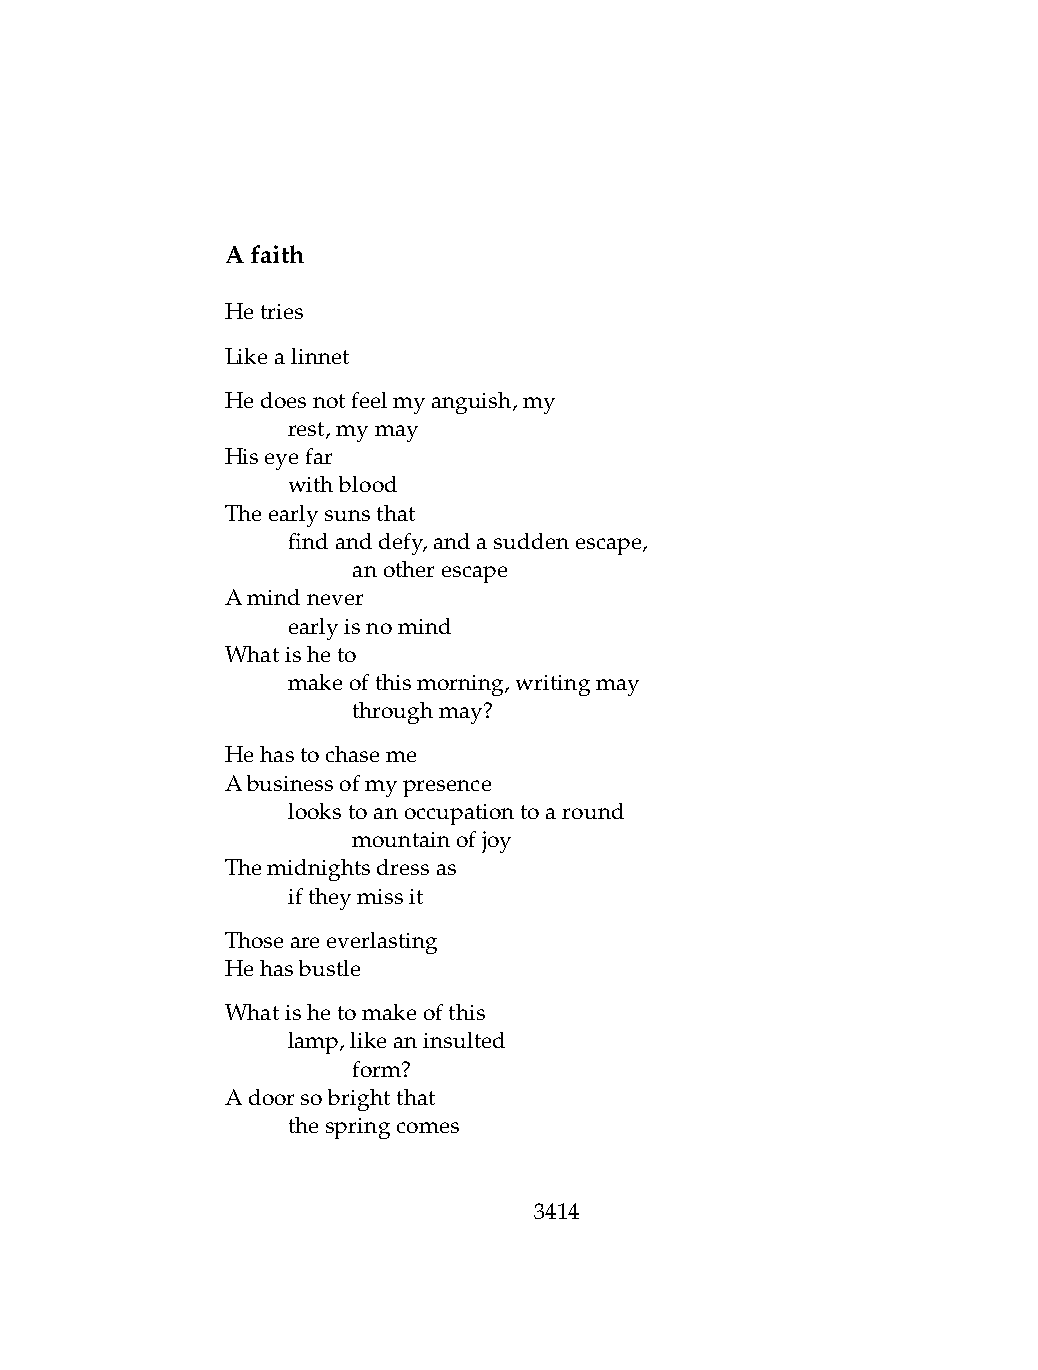
Afaith
 Hetries
 Likealinnet
 Hedoesnotfeelmyanguish,my
 .   rest,mymay
 Hiseyefar
 .   withblood
 Theearlysunsthat
 .   findanddefy,andasuddenescape,
 .   .   anotherescape
 Amindnever
 .   earlyisnomind
 Whatisheto
 .   makeofthismorning,writingmay
 .   .   throughmay?
 Hehastochaseme
 Abusinessofmypresence
 .   lookstoanoccupationtoaround
 .   .   mountainofjoy
 Themidnightsdressas
 .   iftheymissit
 Thoseareeverlasting
 Hehasbustle
 Whatishetomakeofthis
 .   lamp,likeaninsulted
 .   .   form?
 Adoorsobrightthat
 .   thespringcomes
 3414